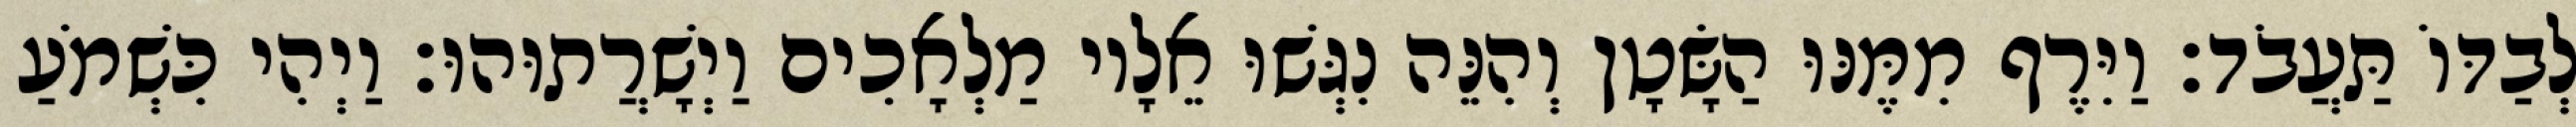
לְבַדּוֹ תַּעֲבֹד׃ וַיִּרֶף מִמֶּנּוּ הַשָּׂטָן וְהִנֵּה נִגְּשׁוּ אֵלָיו מַלְאָכִים וַיְשָׁרֲתוּהוּ׃ וַיְהִי כִּשְׁמֹעַ